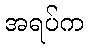
အရပ်က